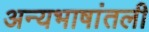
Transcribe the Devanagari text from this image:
अन्यभाषांतली